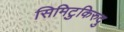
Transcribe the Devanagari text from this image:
सिमिटुकिरुदु